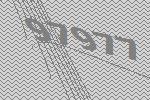
97977